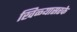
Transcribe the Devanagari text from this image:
खिळ्यासरके